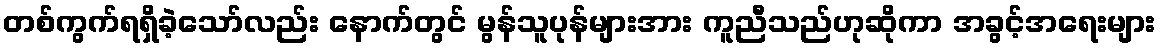
တစ်ကွက်ရရှိခဲ့သော်လည်း နောက်တွင် မွန်သူပုန်များအား ကူညီသည်ဟုဆိုကာ အခွင့်အရေးများ